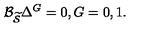
{ \cal B } _ { \widetilde { { \cal S } } } \Delta ^ { G } = 0 , G = 0 , 1 .